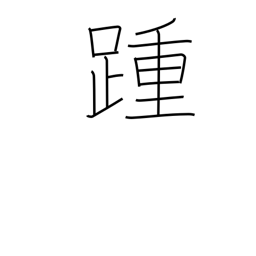
Meaning: heel